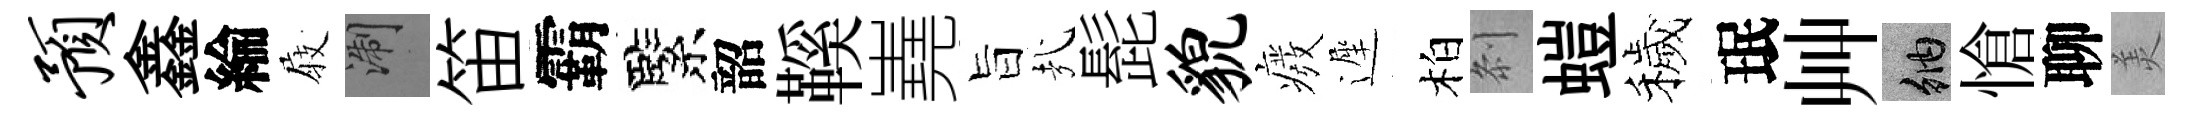
预鑫綸𡲆浙笛霸緊韶鞵嶤旨㢤髭貌癈遲柏𠛴螘穢珉艸納愴聊羙